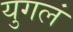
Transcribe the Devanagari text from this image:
युगलं